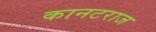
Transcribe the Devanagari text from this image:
कानटराज